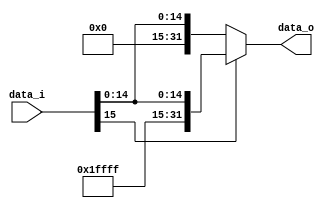
//Subject:     CO project 2 - Sign extend
//--------------------------------------------------------------------------------
//Version:     1
//--------------------------------------------------------------------------------
//Writer:      
//----------------------------------------------
//Date:        
//----------------------------------------------
//Description: 
//--------------------------------------------------------------------------------

module Sign_Extend(
    data_i,
    data_o
    );
               
//I/O ports
input   [16-1:0] data_i;
output  [32-1:0] data_o;

//Internal Signals
reg     [32-1:0] data_o;

//Sign extended
always@(data_i)begin
    if(data_i[15])begin
        data_o={16'b1111111111111111, data_i[15:0]};
    end
    else begin
        data_o={16'b0000000000000000, data_i[15:0]};
    end
end          
endmodule